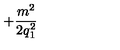
+ \frac { m ^ { 2 } } { 2 \mathrm { } q _ { 1 } ^ { 2 } }